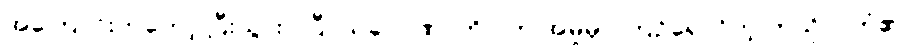
အကြောင်းကတော့ ပြီးသွားပါပြီ၊ ယခု ပါဏာတိပါတ အမှုမှာ ကြဉ်ရှောင်တဲ့ ကုသိုလ်ကံ၏